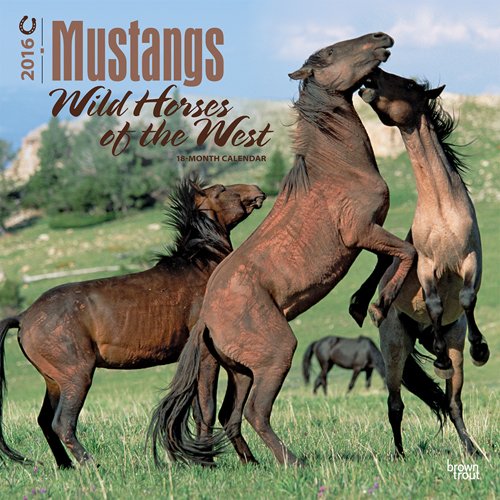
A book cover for Mustangs, Wild Horses of the West 2016 Square 12x12; Browntrout Publishers; Calendars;